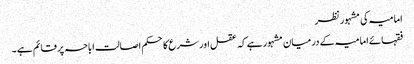
امامیہ کی مشہور نظر
فقہائے امامیہ کے درمیان مشہور ہے کہ عقل اور شرع کا حکم اصالت اباحہ پر قائم ہے ۔